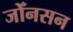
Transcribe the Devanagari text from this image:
जोँनसन